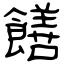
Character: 饍